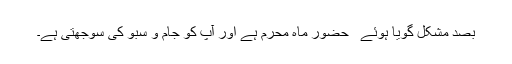
بصد مشکل گویا ہوئے ٰ ٰ حضور ماہِ محرم ہے اور آپ کو جام و سبو کی سوجھتی ہے۔